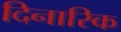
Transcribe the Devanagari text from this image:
दिनारिक